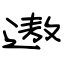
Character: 遨